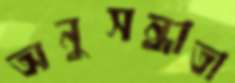
অনুসন্ধাতা